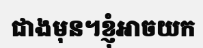
ជាងមុន។ខ្ញុំអាចយក